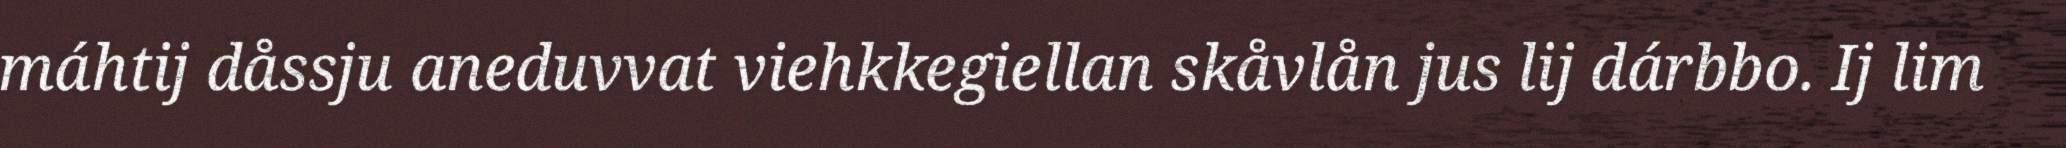
máhtij dåssju aneduvvat viehkkegiellan skåvlån jus lij dárbbo. Ij lim